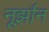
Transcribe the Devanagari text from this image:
नूर्झान